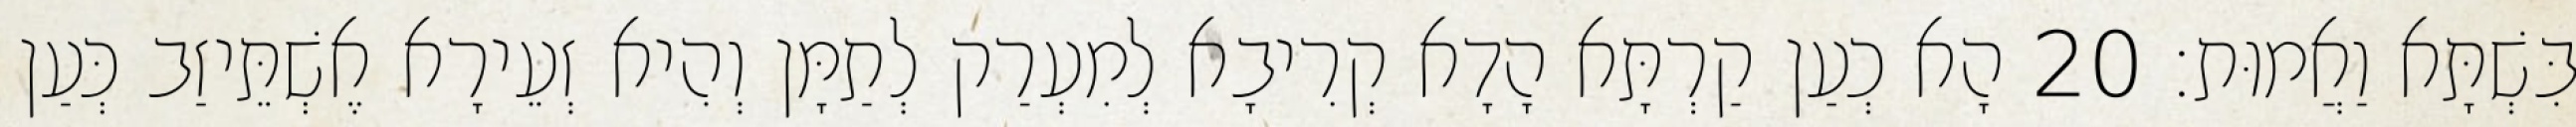
בִּשְׁתָּא וַאֲמוּת׃ 20 הָא כְעַן קַרְתָּא הָדָא קְרִיבָא לְמִעְרַק לְתַמָּן וְהִיא זְעֵירָא אֶשְׁתֵּיזַב כְּעַן